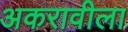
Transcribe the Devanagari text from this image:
अकरावीला